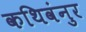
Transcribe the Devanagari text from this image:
कथिवंनुर